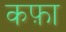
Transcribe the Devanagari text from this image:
कफ़ा